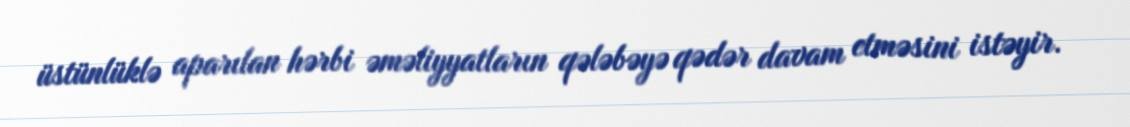
üstünlüklə aparılan hərbi əməliyyatların qələbəyə qədər davam etməsini istəyir.